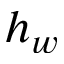
h _ { w }